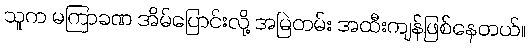
သူက မကြာခဏ အိမ်ပြောင်းလို့ အမြဲတမ်း အထီးကျန်ဖြစ်နေတယ်။